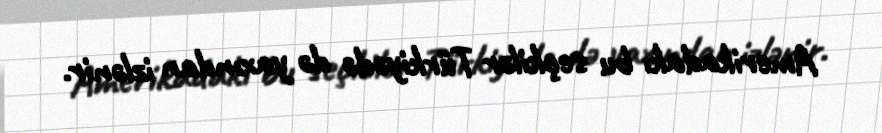
Amerikadakı bu seçkilər Türkiyədə də yaxından izlənir.